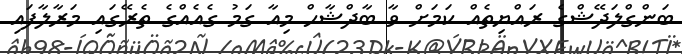
ބަންގްލަދޭޝްގެ ރައްޔިތެއް ކަމަށް ވާ ބާދްޝާހް މިއާ ގަމު ގެއެއްގެ ތެރޭގައި މަރާލާފައި